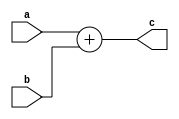
module SD_add_12_bit (a,b,c);
  input [11:0]a,b;
  output [11:0]c;
  
  assign c=a+b;
  
endmodule